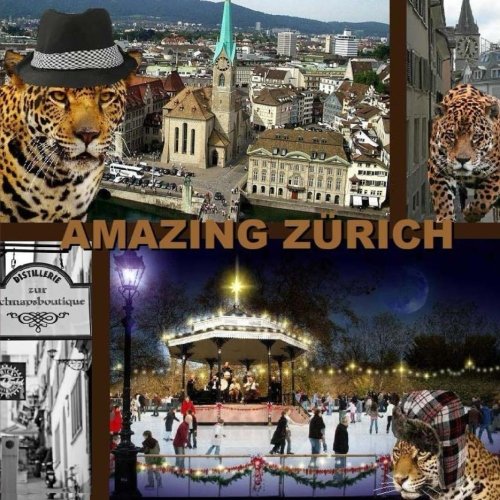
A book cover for Amazing Zurich; Richard Matevosyan; Travel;